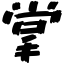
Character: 掌